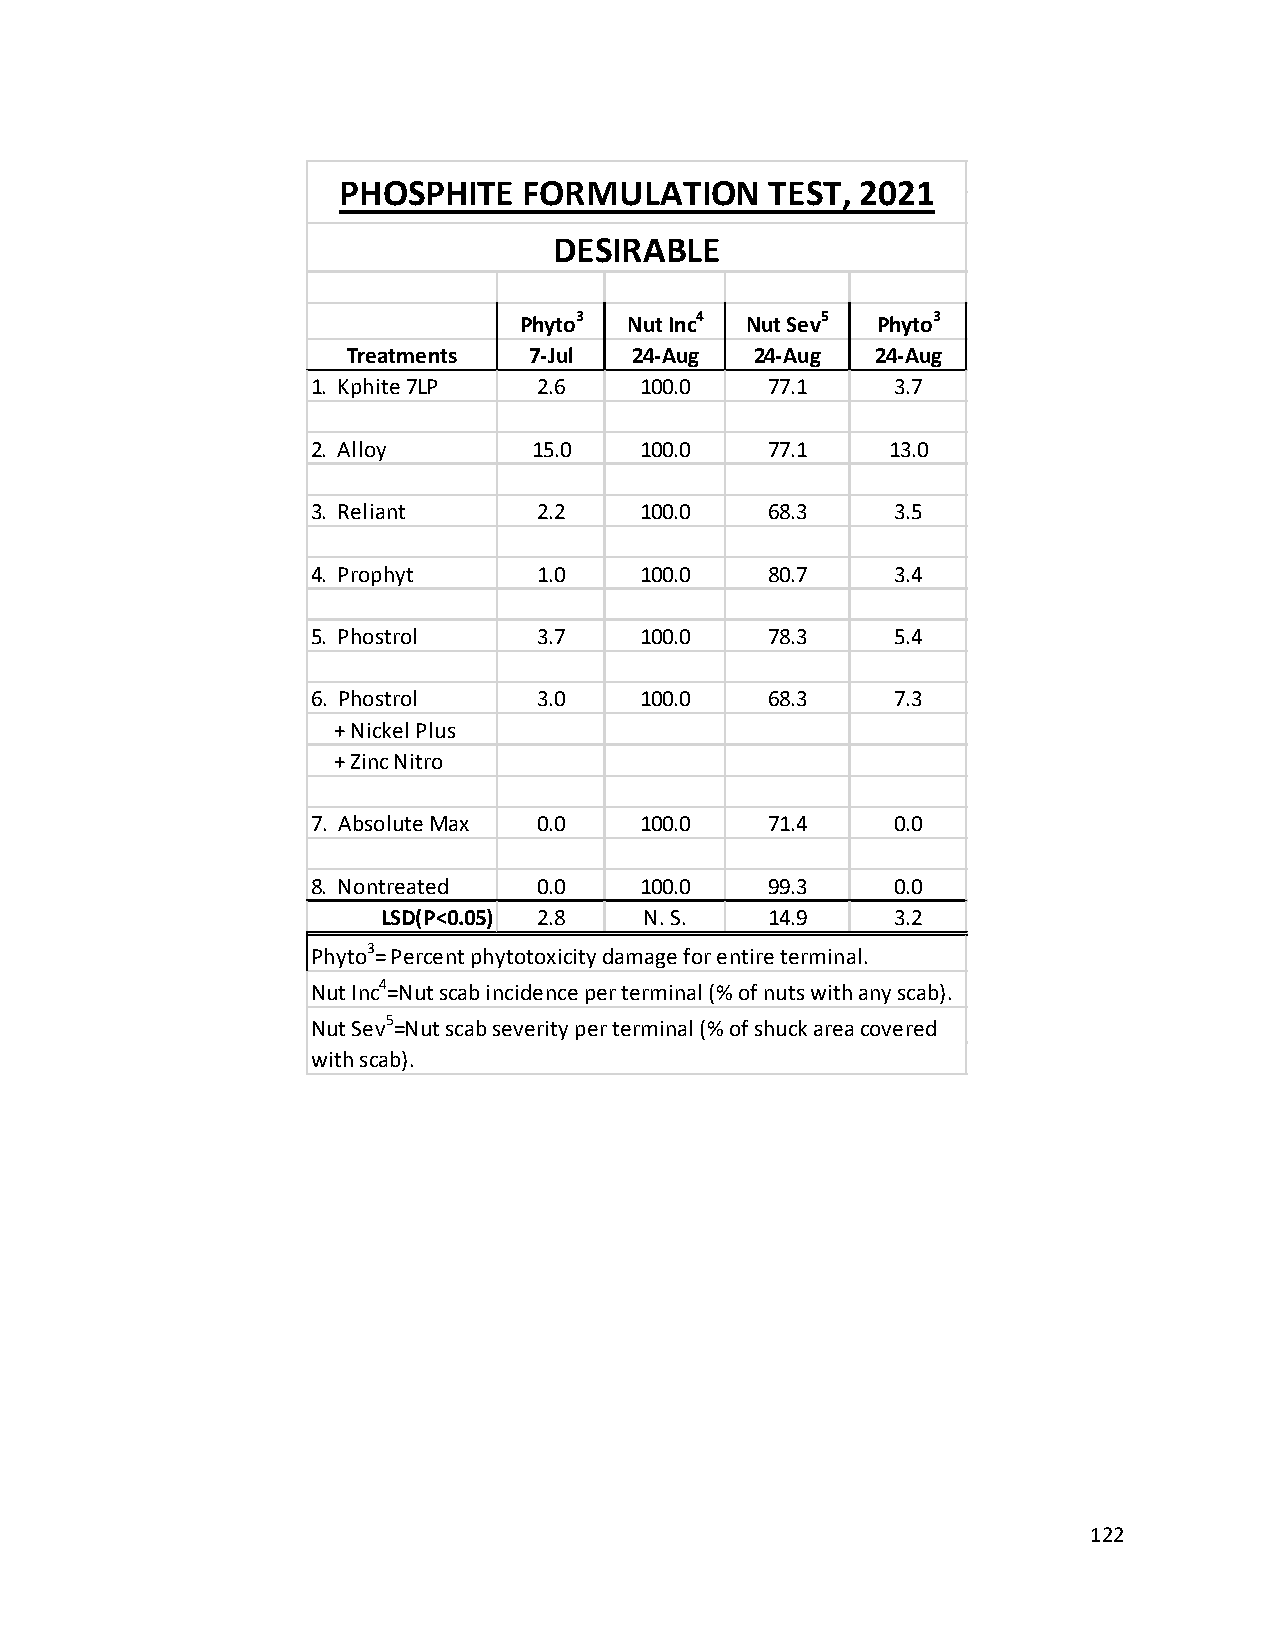
PHOSPHITE    FORMULATION     TEST, 2021
 DESIRABLE
 Phyto3  Nut Inc4 Nut Sev5 Phyto3
 Treatments  7-Jul  24-Aug  24-Aug  24-Aug
 1. Kphite 7LP  2.6   100.0    77.1    3.7
 2. Alloy      15.0   100.0    77.1    13.0
 3. Reliant     2.2   100.0    68.3    3.5
 4. Prophyt     1.0   100.0    80.7    3.4
 5. Phostrol    3.7   100.0    78.3    5.4
 6. Phostrol    3.0   100.0    68.3    7.3
 + Nickel Plus
 + Zinc Nitro
 7. Absolute Max 0.0  100.0    71.4    0.0
 8. Nontreated  0.0   100.0    99.3    0.0
 LSD(P<0.05) 2.8   N. S.   14.9    3.2
 Phyto3= Percent phytotoxicity damage for entire terminal.
 Nut Inc4=Nut scab incidence per terminal (% of nuts with any scab).
 Nut Sev5=Nut scab severity per terminal (% of shuck area covered
 with scab).
 122